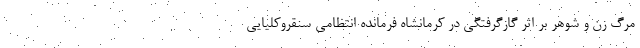
مرگ زن و شوهر بر اثر گازگرفتگی در کرمانشاه فرمانده انتظامی سنقروکلیایی